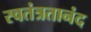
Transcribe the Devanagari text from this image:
स्वतंत्रतानंद